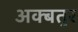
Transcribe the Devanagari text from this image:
अक्बतुर